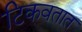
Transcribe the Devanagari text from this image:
टिकवतात